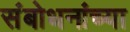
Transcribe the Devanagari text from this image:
संबोधनांच्या